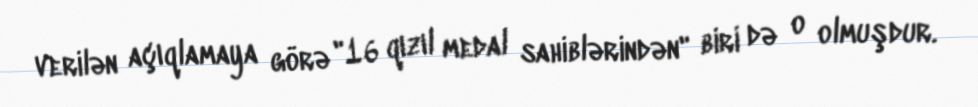
verilən açıqlamaya görə "16 qızıl medal sahiblərindən" biri də o olmuşdur.